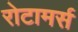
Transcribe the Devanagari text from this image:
रोटामर्स